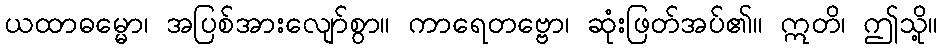
ယထာဓမ္မော၊ အပြစ်အားလျော်စွာ။ ကာရေတဗ္ဗော၊ ဆုံးဖြတ်အပ်၏။ ဣတိ၊ ဤသို့။